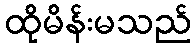
ထိုမိန်းမသည်